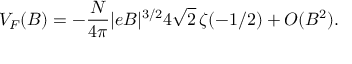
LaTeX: V _ { F } ( B ) = - \frac { N } { 4 \pi } | e B | ^ { 3 / 2 } 4 \sqrt { 2 } \, \zeta ( - 1 / 2 ) + { \cal O } ( B ^ { 2 } ) .